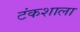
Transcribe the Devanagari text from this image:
टंकशाला